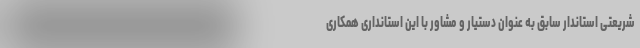
شریعتی استاندار سابق به عنوان دستیار و مشاور با این استانداری همکاری